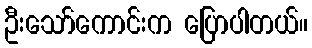
ဦးသော်ကောင်းက ပြောပါတယ်။